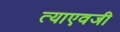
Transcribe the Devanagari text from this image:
त्याएवजी